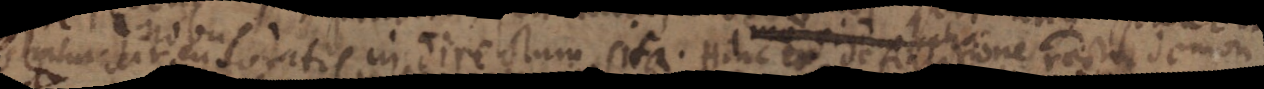
stratur locatis in directum sita. Hinc eo definitione recta demon